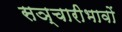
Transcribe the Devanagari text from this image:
सञ्चारीभावों